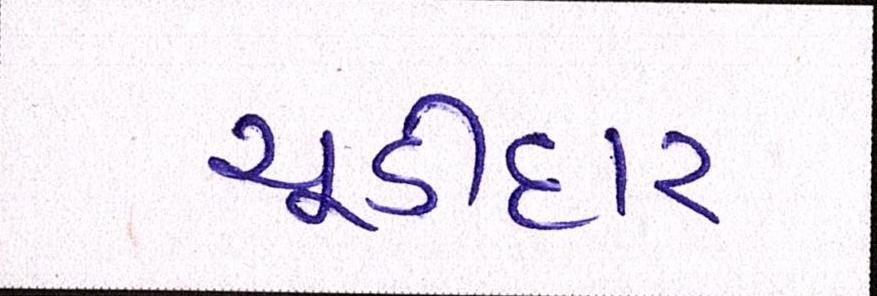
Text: ચૂડીદાર